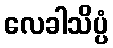
လေခါသိပ္ပံ